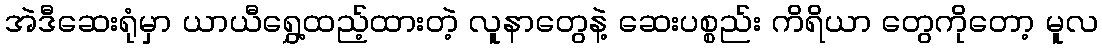
အဲဒီဆေးရုံမှာ ယာယီရွှေ့ထည့်ထားတဲ့ လူနာတွေနဲ့ ဆေးပစ္စည်း ကိရိယာ တွေကိုတော့ မူလ